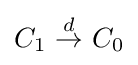
C_{1}~{\overset {d}{\rightarrow }}~C_{0}